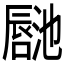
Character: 𪢏